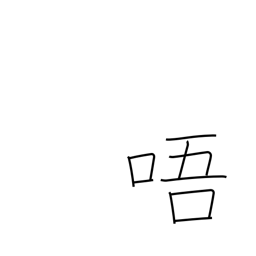
Meaning: reading voice